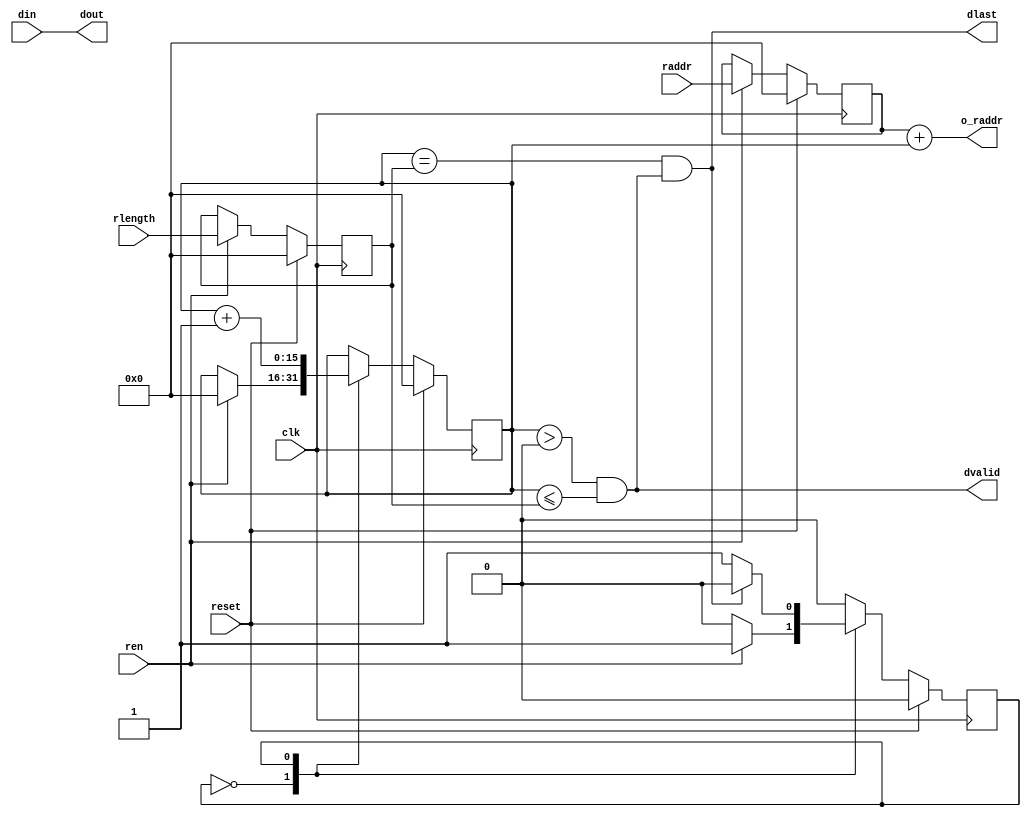
// raddr  rlength RAM
module read_memory
#(
  parameter DW = 16,
  parameter RAM_AW = 16
)
(
  input  clk,
  input  reset,
  
  input  ren,
  input  [RAM_AW-1:0] raddr,
  input  [RAM_AW-1:0] rlength,
  
  output dvalid,
  output dlast,
  output [DW-1:0] dout,
  
  output [RAM_AW-1:0] o_raddr,
  input  [DW-1:0] din
);

reg state;
reg [RAM_AW-1:0] addr;
reg [RAM_AW-1:0] length;
reg [RAM_AW-1:0] count;

assign dout = din;
assign o_raddr = addr + count;

always@(posedge clk)
  if(reset)
    state <= 0;
  else
    case(state)
      0:  if(ren) state <= 1;
      1:  if(dlast) state <= 0;
    endcase

always@(posedge clk)
  if(reset)
    begin
      addr <= 0;
      length <= 0;
    end
  else
    if(ren)
      begin
        addr <= raddr;
        length <= rlength;
      end

always@(posedge clk)
  if(reset)
    count <= 0;
  else
    case(state)
      0:  if(ren) count <= 0;
      1:  count <= count + 1;
    endcase

assign dvalid = count > 0 && count <= length;
assign dlast = (count == length) && dvalid;

endmodule